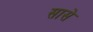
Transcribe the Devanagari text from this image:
सासे